Annual report of the Punjab Veterinary College and of the Civil Veterinary Department, Punjab - 1926-1932
Year: 1926
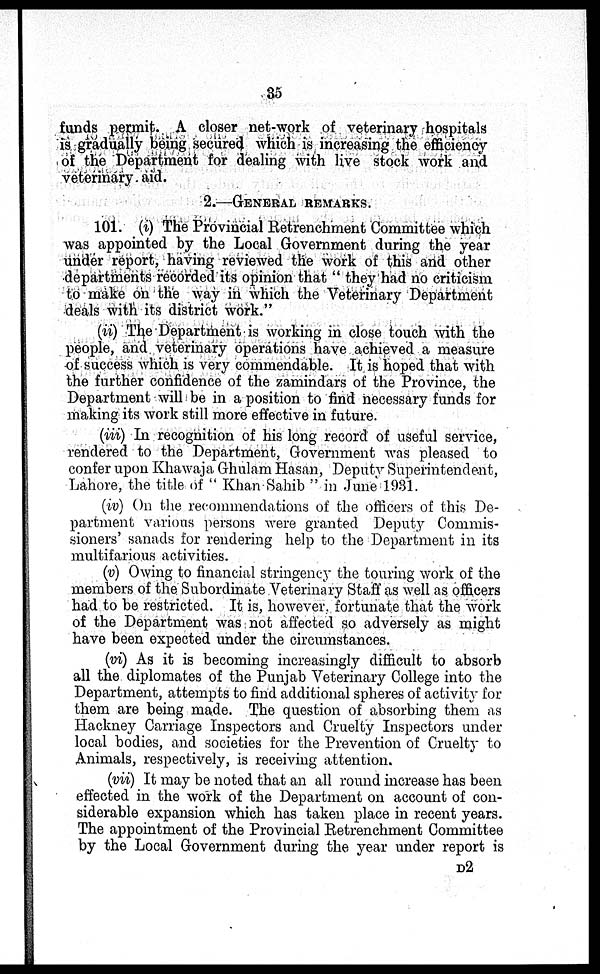
35
funds permit. A closer net-work of veterinary hospitals
is gradually being secured which is increasing the efficiency
of the Department for dealing with live stock work and
veterinary aid.
2.—GENERAL REMARKS.
101. (i) The Provincial Retrenchment Committee which
was appointed by the Local Government during the year
under report, having reviewed the work of this and other
departments recorded its opinion that "they had no criticism
to make on the way in which the Veterinary Department
deals with its district work."
(ii) The Department is working in close touch with the
people, and veterinary operations have achieved a measure
of success which is very commendable. It is hoped that with
the further confidence of the zamindars of the Province, the
Department will be in a position to find necessary funds for
making its work still more effective in future.
(iii) In recognition of his long record of useful service,
rendered to the Department, Government was pleased to
confer upon Khawaja Ghulam Hasan, Deputy Superintendent,
Lahore, the title of "Khan Sahib" in June 1931.
(iv) On the recommendations of the officers of this De-
partment various persons were granted Deputy Commis-
sioners' sanads for rendering help to the Department in its
multifarious activities.
(v) Owing to financial stringency the touring work of the
members of the Subordinate Veterinary Staff as well as officers
had to be restricted. It is, however fortunate that the work
of the Department was not affected so adversely as might
have been expected under the circumstances.
(vi) As it is becoming increasingly difficult to absorb
all the diplomates of the Punjab Veterinary College into the
Department, attempts to find additional spheres of activity for
them are being made. The question of absorbing them as
Hackney Carriage Inspectors and Cruelty Inspectors under
local bodies, and societies for the Prevention of Cruelty to
Animals, respectively, is receiving attention.
(vii) It may be noted that an all round increase has been
effected in the work of the Department on account of con-
siderable expansion which has taken place in recent years.
The appointment of the Provincial Retrenchment Committee
by the Local Government during the year under report is
D2